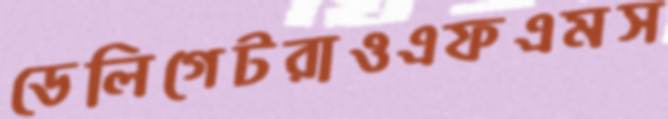
ডেলিগেটরাওএফএমস